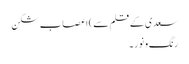
سعدی کے قلم سے)	اعصاب شکن
رنگ و نور ۔